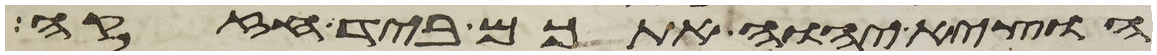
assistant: הוציא יהוה אתכם ביד חזקה